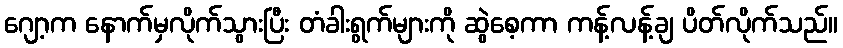
ဂျော့က နောက်မှလိုက်သွားပြီး တံခါးရွက်များကို ဆွဲစေ့ကာ ကန့်လန့်ချ ပိတ်လိုက်သည်။